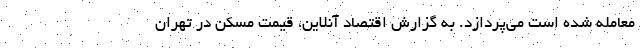
معامله شده است می‌پردازد. به گزارش اقتصاد آنلاین، قیمت مسکن در تهران